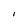
Character: l